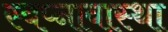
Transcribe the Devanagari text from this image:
स्वप्नावास्था